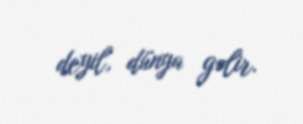
deyil, dünya gəlir.